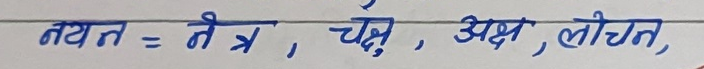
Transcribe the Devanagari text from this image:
नयन = नेत्र, चक्षु, अक्ष, लोचन,